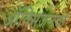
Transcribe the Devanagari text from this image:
ऑक्‍सिजनचा